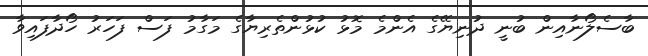
ބާސެލޯނާއިން ބުނީ ދުނިޔޭގެ އެންމެ މޮޅު ކުޅުންތެރިޔާގެ މަގާމު ފަސް ފަހަރު ހޯދާފައިވާ